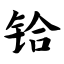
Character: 铪